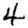
Digit: 4